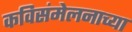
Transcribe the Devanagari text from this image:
कविसंमेलनाच्या